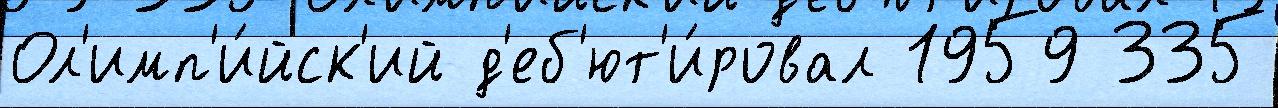
Ол'имп'и́йск'ий д'еб'ют'и́ровал 1959 335